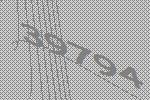
39794